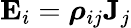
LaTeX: \mathbf{E}_{i}={\boldsymbol{\rho}}_{ij}\mathbf{J}_{j}